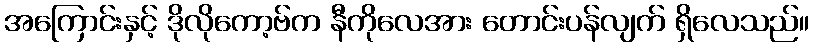
အကြောင်းနှင့် ဒိုလိုကော့ဗ်က နီကိုလေအား တောင်းပန်လျက် ရှိလေသည်။